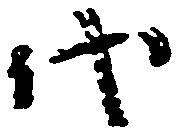
代